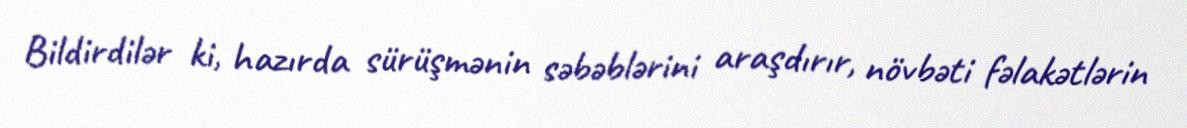
Bildirdilər ki, hazırda sürüşmənin səbəblərini araşdırır, növbəti fəlakətlərin